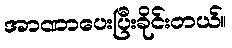
အာဏာပေးပြီးခိုင်းတယ်။